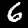
Label: 6